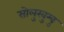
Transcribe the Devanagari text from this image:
सोलुखुम्बु